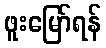
ဖူးမြော်ရန်